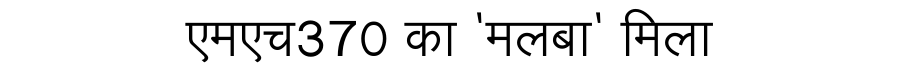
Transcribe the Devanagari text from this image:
एमएच370 का 'मलबा' मिला